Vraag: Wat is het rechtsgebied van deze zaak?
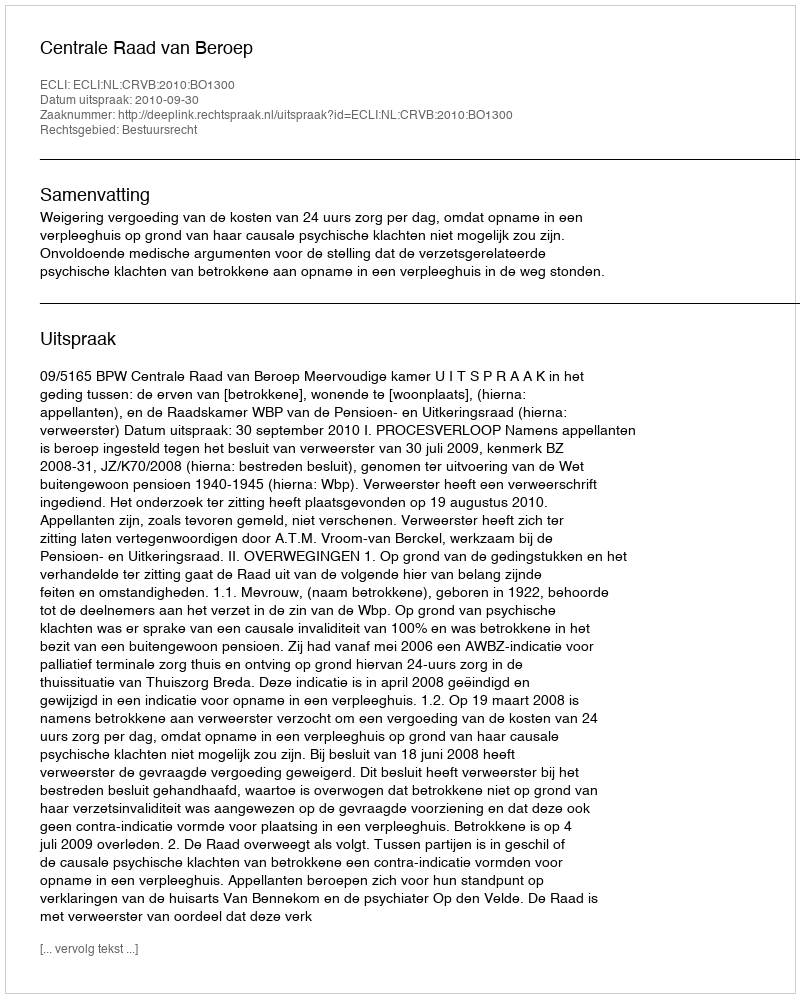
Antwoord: Bestuursrecht